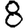
Digit: 8